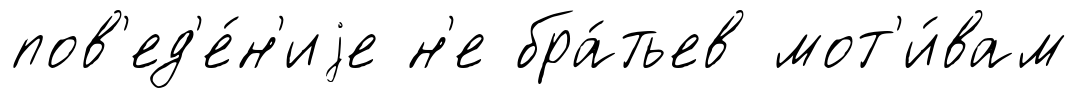
пов'ед'е́н'иjе н'е бра́тьев мот'и́вам